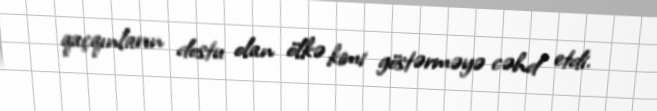
qaçqınların dostu olan ölkə kimi göstərməyə cəhd etdi.